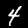
Digit: 4